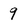
Character: 9